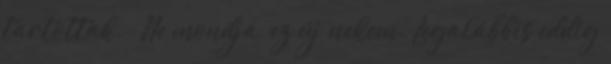
tartottak. – Ne mondja, ez új nekem. Legalábbis eddig